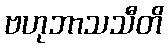
ဗဟုဘာသသီတိ